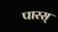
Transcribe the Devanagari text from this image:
पारस्